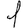
Digit: 1